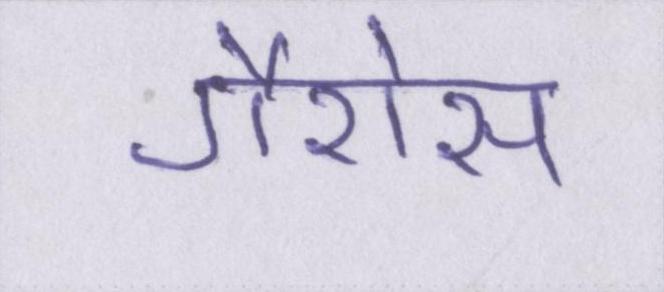
गैरोस